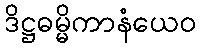
ဒိဋ္ဌဓမ္မိကာနံယေဝ